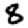
Digit: 8